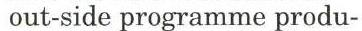
 out-side programme produ-